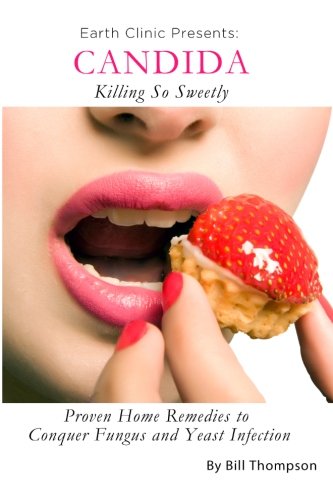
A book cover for Candida: Killing So Sweetly: Proven Home Remedies to Conquer Fungus and Yeast Infection; Bill Thompson; Health, Fitness & Dieting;